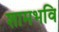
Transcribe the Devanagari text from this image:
शामभवि